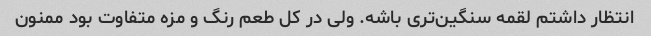
انتظار داشتم لقمه سنگین‌تری باشه. ولی در کل طعم رنگ و مزه متفاوت بود ممنون